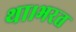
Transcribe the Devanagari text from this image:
था।भरत